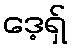
ဒေ့ရှ်